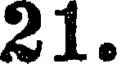
21.